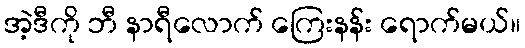
အဲ့ဒီကို ဘီ နာရီလောက် ကြေးနန်း ရောက်မယ်။